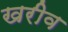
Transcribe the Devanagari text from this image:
खरीव